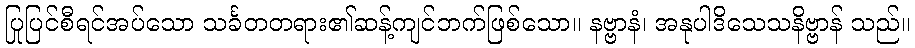
ပြုပြင်စီရင်အပ်သော သင်္ခတတရား၏ဆန့်ကျင်ဘက်ဖြစ်သော။ နဗ္ဗာနံ၊ အနုပါဒိသေသနိဗ္ဗာန် သည်။